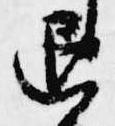
退